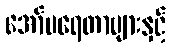
အော်ပရေတာများနှင့်